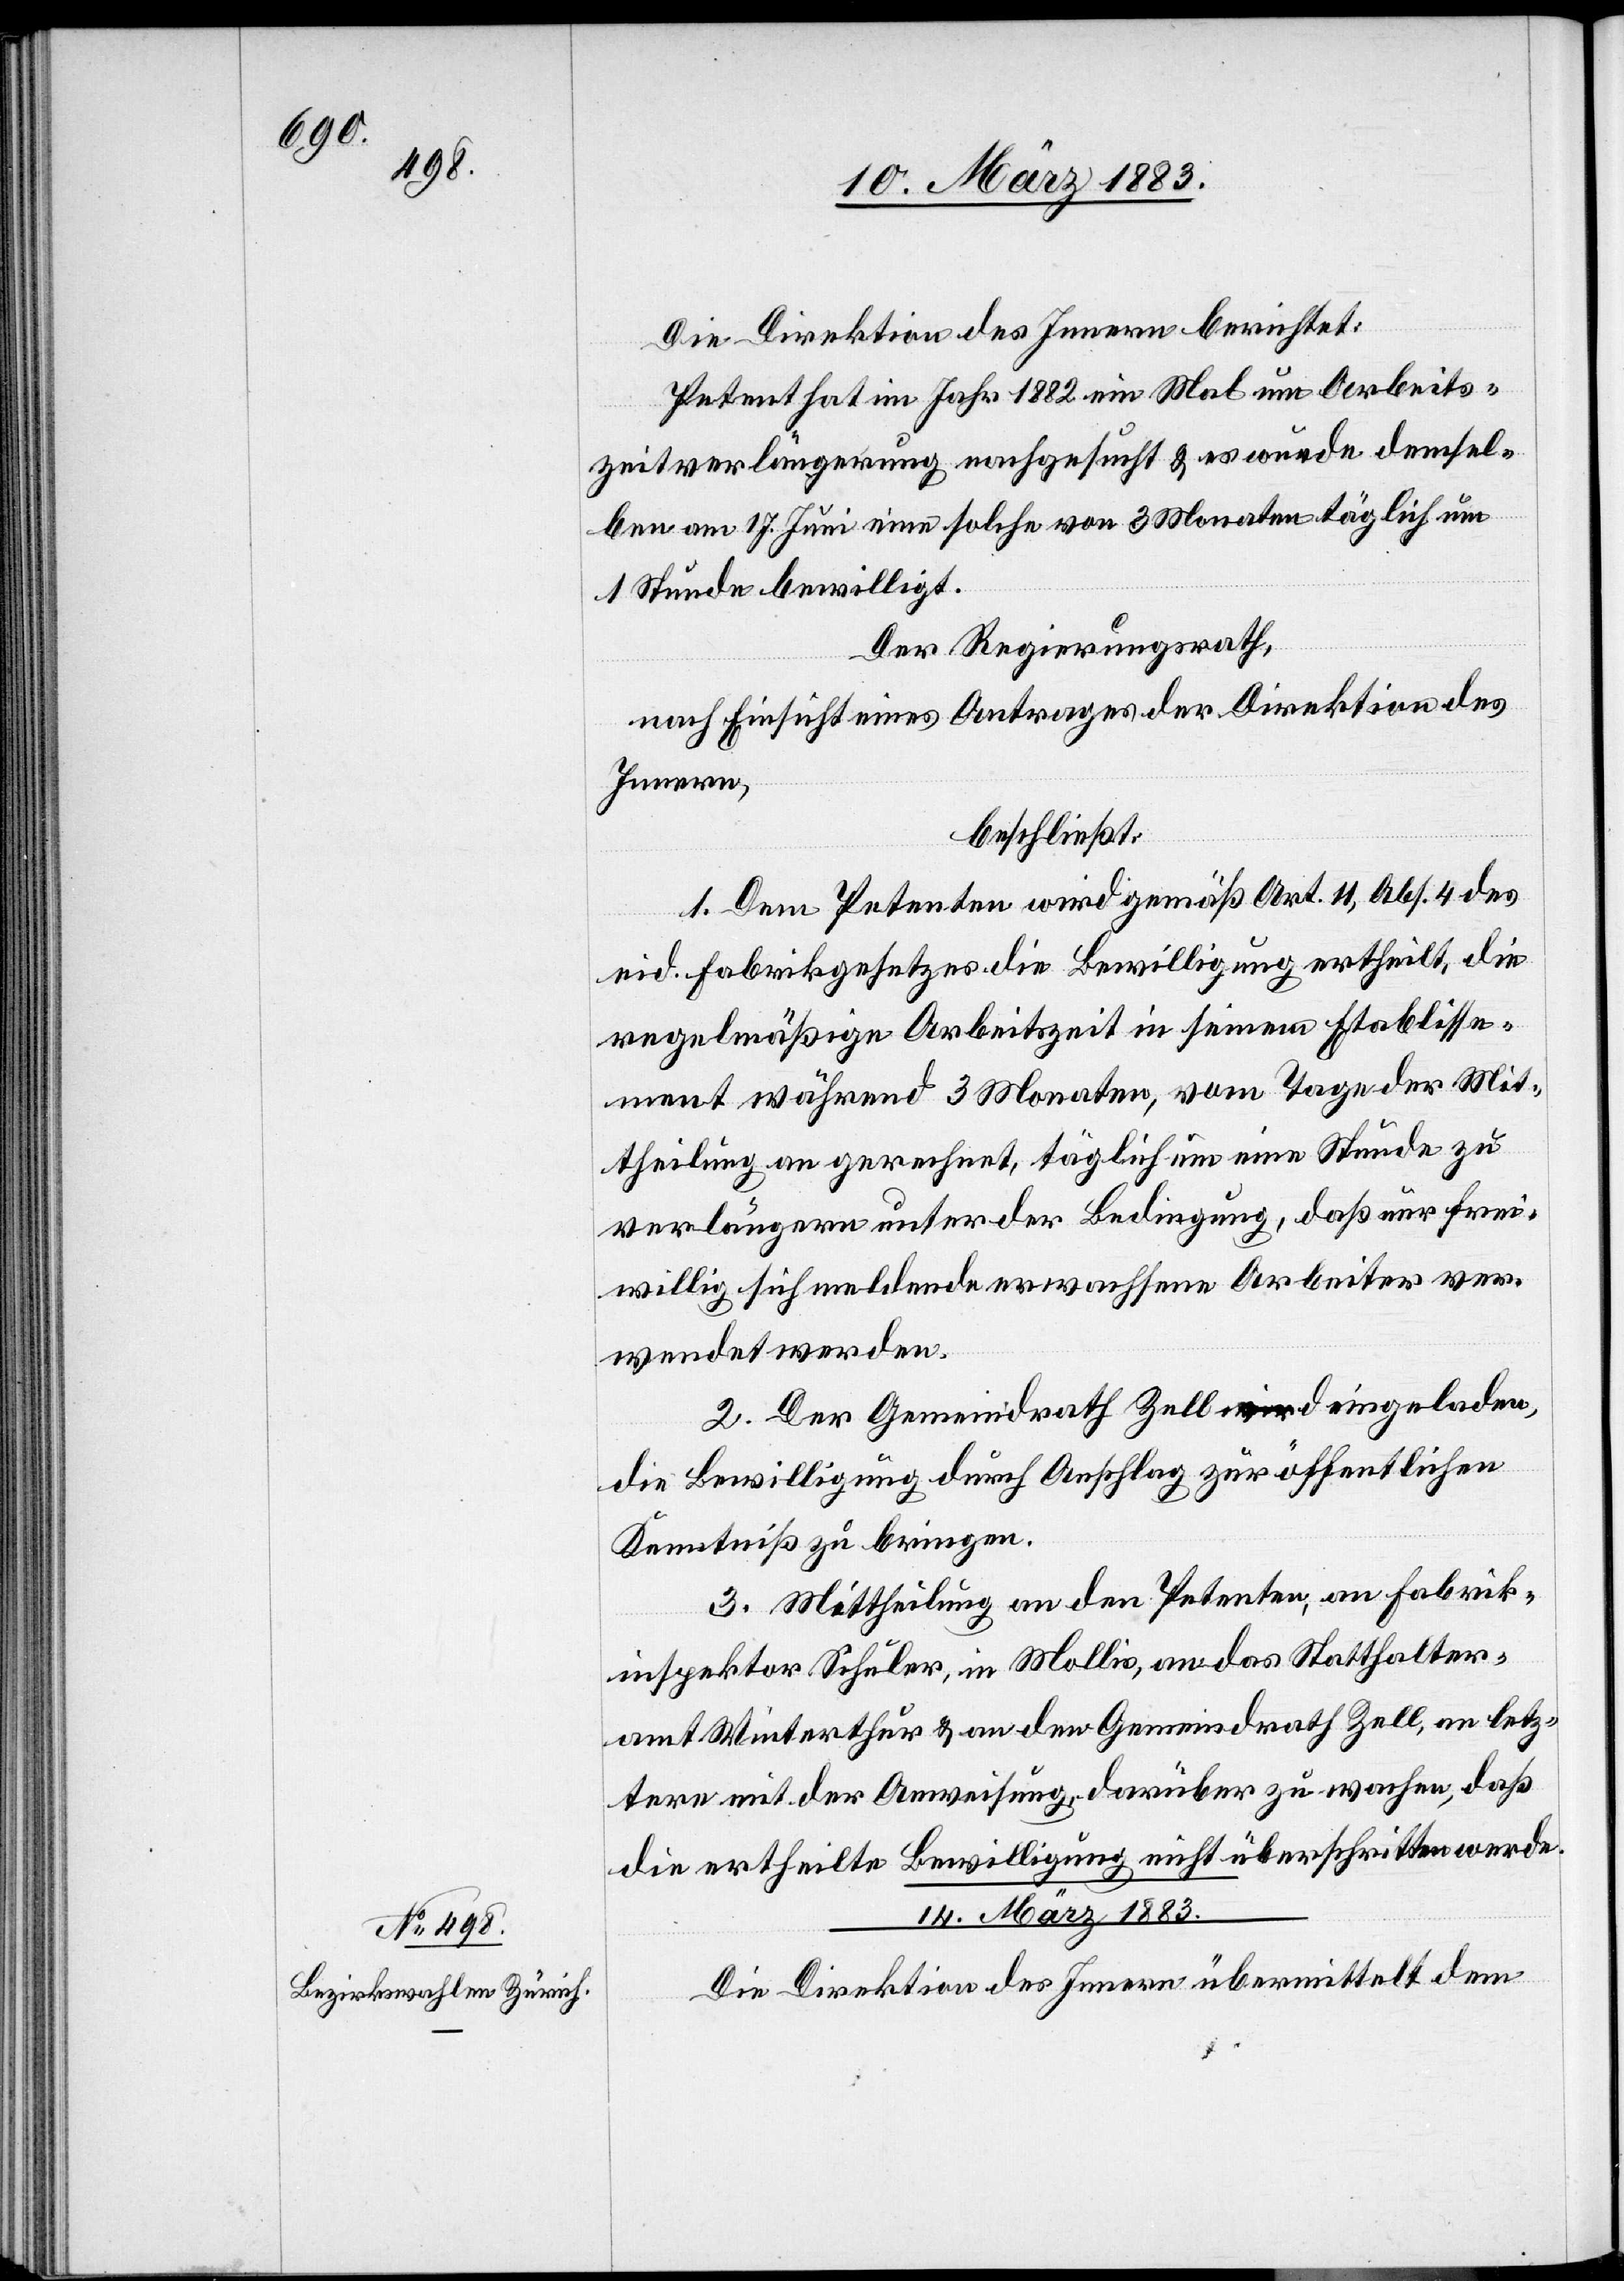
Arbeits¬

Die Direktion des Innern berichtet:
zeitverlängerung nachgesucht & es wurde demsel¬
ben am 14. April eine solche von 3 Monaten täglich um
Der Regierungsrath,
nach Einsicht eines Antrages der Direktion des
Innern,
beschließt:
1. Dem Petenten wird gemäß Art. 11, Abs. 4 des
eid. Fabrikgesetzes die Bewilligung ertheilt, die
regelmäßige Arbeitszeit in seinen beiden